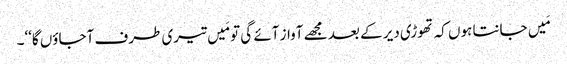
مَیں جانتا ہوں کہ تھوڑی دیر کے بعد مجھے آواز آئے گی تو مَیں تیری طرف آجاؤں گا‘‘۔